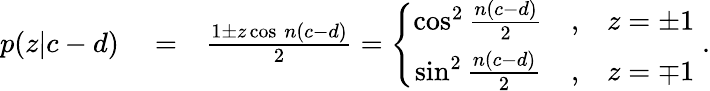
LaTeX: \begin{array}{rlr}{p(z|c-d)}&{{}=}&{\frac{1\pm z\cos\, n(c-d)}{2}=\left\{ \begin{array}{ccc}{\cos^{2}\frac{n(c-d)}{2}}&{,}&{z=\pm 1}\\ {\sin^{2}\frac{n(c-d)}{2}}&{,}&{z=\mp 1}\end{array}\right.\; .}\end{array}